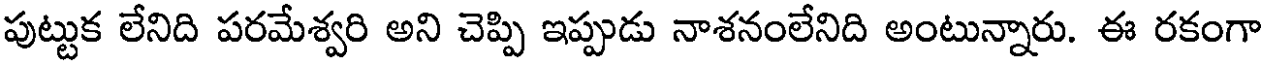
పుట్టుక లేనిది పరమేశ్వరి అని చెప్పి ఇప్పుడు నాశనంలేనిది అంటున్నారు. ఈ రకంగా